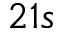
2 1 s